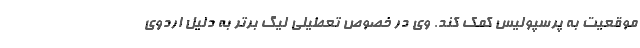
موقعیت به پرسپولیس کمک کند. وی در خصوص تعطیلی لیگ برتر به دلیل اردوی